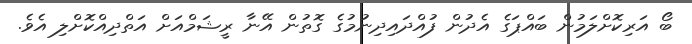
ބޯ އަރިކޮށްލަމުން ބައްޕަގެ އެދުން ފުއްދައިދިނުމުގެ ގޮތުން އޭނާ ރީޝަމްއަށް އަތްދިއްކޮށްލި އެވެ.